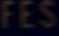
FES